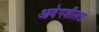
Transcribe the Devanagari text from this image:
आवेगशीलता